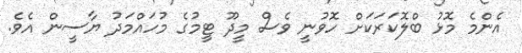
އެންމެ މޮޅު ބްލޮކަރަކަށް ހޮވުނީ ވެސް މީދޫ ޓީމުގެ މުހައްމަދު ޔާސީން އެވެ.